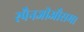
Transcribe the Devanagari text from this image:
स्पैनजीऔसम।